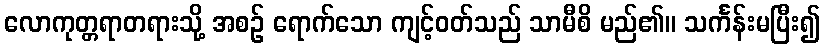
လောကုတ္တရာတရားသို့ အစဉ် ရောက်သော ကျင့်ဝတ်သည် သာမီစိ မည်၏။ သင်္ကန်းမပြီး၍